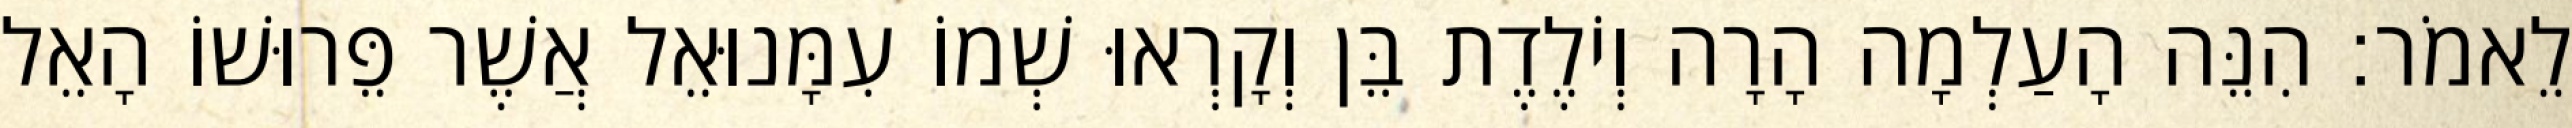
לֵאמֹר׃ הִנֵּה הָעַלְמָה הָרָה וְיֹלֶדֶת בֵּן וְקָרְאוּ שְׁמוֹ עִמָּנוּאֵל אֲשֶׁר פֵּרוּשׁוֹ הָאֵל